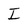
Character: I